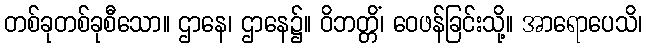
တစ်ခုတစ်ခုစီသော။ ဌာနေ၊ ဌာနေ၌။ ဝိဘတ္တိံ၊ ဝေဖန်ခြင်းသို့။ အာရောပေသိ၊